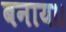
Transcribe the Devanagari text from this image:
बनाय।।